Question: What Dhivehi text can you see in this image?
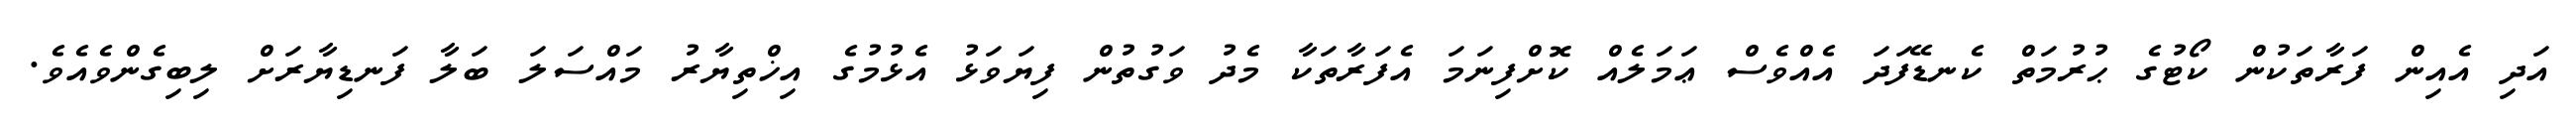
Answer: އަދި އެއިން ފަރާތަކުން ކޯޓުގެ ޙުރުމަތް ކެނޑޭފަދަ އެއްވެސް ޢަމަލެއް ކޮށްފިނަމަ އެފަރާތަކާ މެދު ވަގުތުން ފިޔަވަޅު އެޅުމުގެ އިޚްތިޔާރު މައްސަލަ ބަލާ ފަނޑިޔާރަށް ލިބިގެންވެއެވެ.